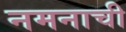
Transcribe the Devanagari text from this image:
नमनाची